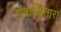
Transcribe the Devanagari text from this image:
पंचसितारा